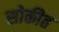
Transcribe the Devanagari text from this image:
सोकीत